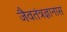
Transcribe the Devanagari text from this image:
जैवतंत्रज्ञानास